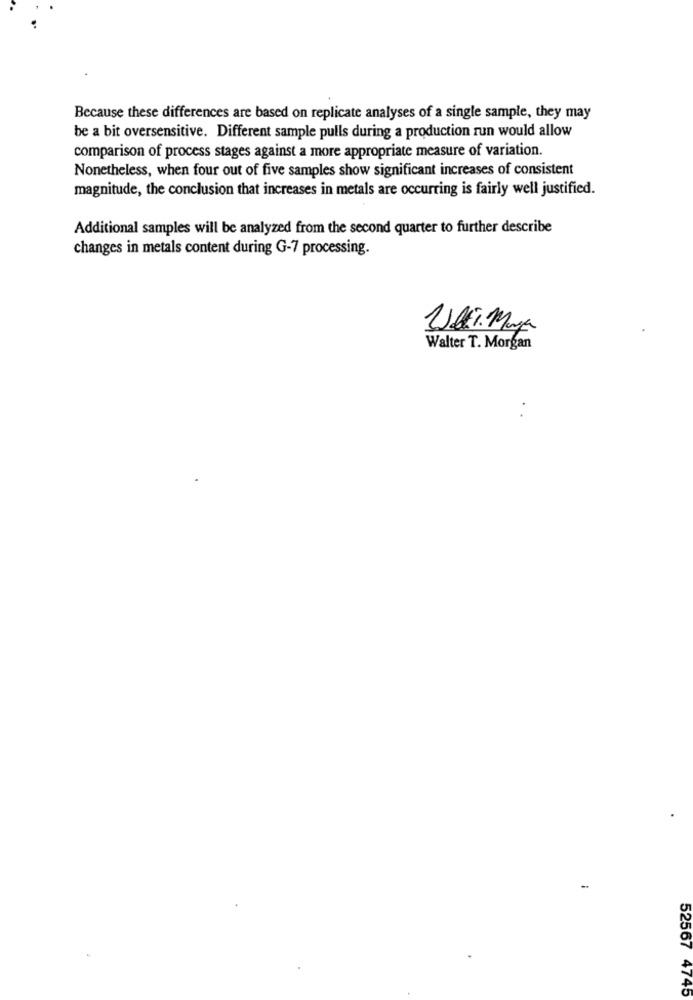
Because these differences are based on replicate analyses of a single sample, they may
be a bit oversensitive. Different sample pulls during a production run would allow
comparison of process stages against a more appropriate measure of variation.
Nonetheless, when four out of five samples show significant increases of consistent
magnitude, the conclusion that increases in metals are occurring is fairly well justified.
Additional samples will be analyzed from the second quarter to further describe
changes in metals content during G-7 processing.
Walter T. Morgan
52567 4745